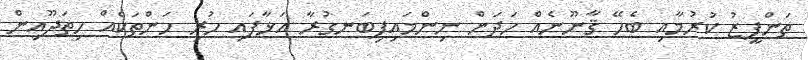
ތަންފީޒު ކުރުމާއި ބެހޭ ޤާނޫނެއް ހަދަން ނިންމައިފިބަނގުރާ އަޅާފައި ހުރި ހަންތަކެއް ހިތަދޫއިން